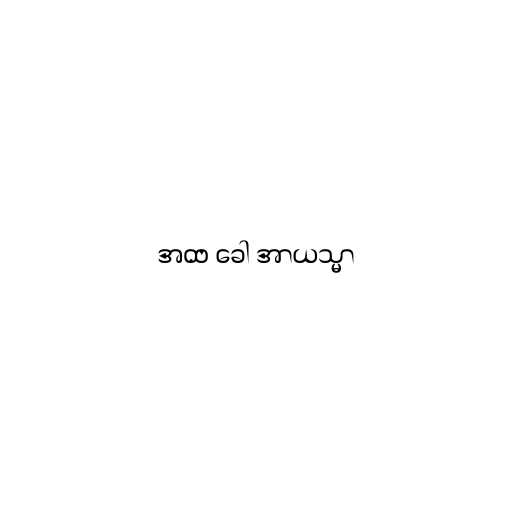
အထ ခေါ အာယသ္မာ